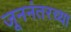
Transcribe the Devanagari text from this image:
जूननंतरच्या